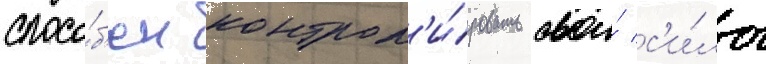
спосо́б'ен контрол'и́ровать свои́ с'и́лы